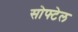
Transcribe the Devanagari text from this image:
सोफ्टेल